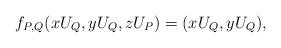
\begin{align*} f_{P,Q}(xU_Q, yU_Q, zU_P) = (xU_Q, yU_Q), \end{align*}